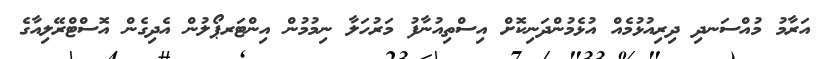
އަރާމު މުއްސަނދި ދިރިއުޅުމެއް އުޅެމުންދަނިކޮށް އިސްތިއުނާފު މަރުހަލާ ނިމުމުން އިންޓަރޕޯލުން އެދިގެން އޮސްޓްރޭލިއާގެ